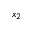
x _ { 2 }